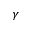
\gamma